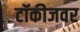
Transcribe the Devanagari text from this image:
टॉकीजवर